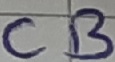
Text: CB